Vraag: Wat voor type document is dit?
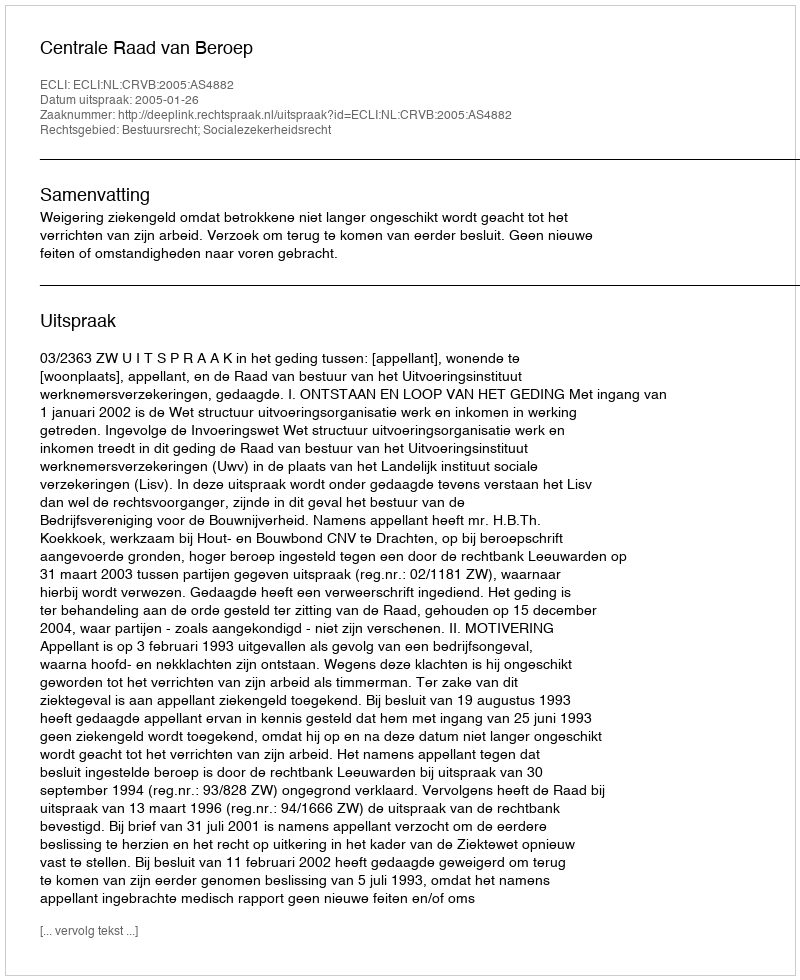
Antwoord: Uitspraak